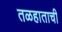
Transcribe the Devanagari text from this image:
तळहाताची